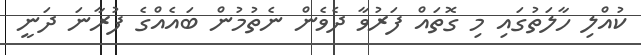
ކުއްލި ހާލަތުގައި މި ގޮތައް ފަރުވާ ދެވެން ނެތުމުން ބައެއްގެ ފުރާނަ ދަނީ